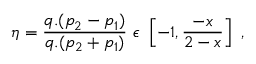
\eta = \frac { q . ( p _ { 2 } - p _ { 1 } ) } { q . ( p _ { 2 } + p _ { 1 } ) } ~ \epsilon ~ \left[ - 1 , \frac { - x } { 2 - x } \right] ~ ,